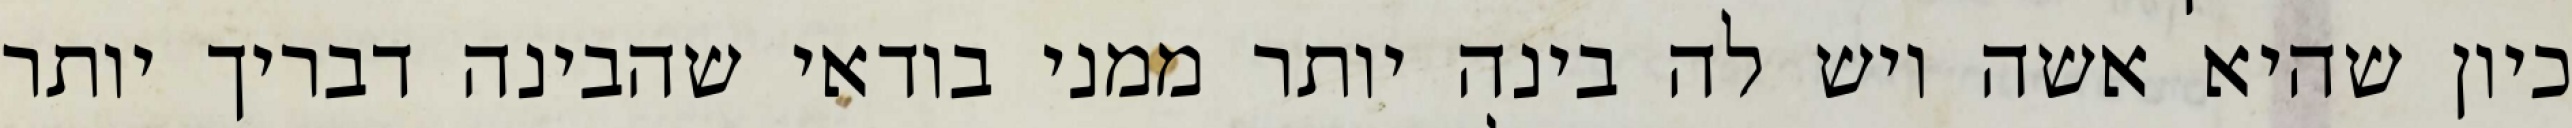
כיון שהיא אשה ויש לה בינה יותר ממני בודאי שהבינה דבריך יותר